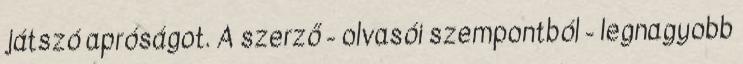
játszó apróságot. A szerző - olvasói szempontból - legnagyobb